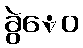
ခွဲေဝ